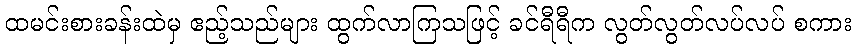
ထမင်းစားခန်းထဲမှ ဧည့်သည်များ ထွက်လာကြသဖြင့် ခင်ရီရီက လွတ်လွတ်လပ်လပ် စကား